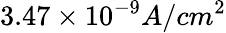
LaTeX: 3.47\times 10^{-9}A/cm^{2}